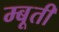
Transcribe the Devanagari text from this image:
म्बूती